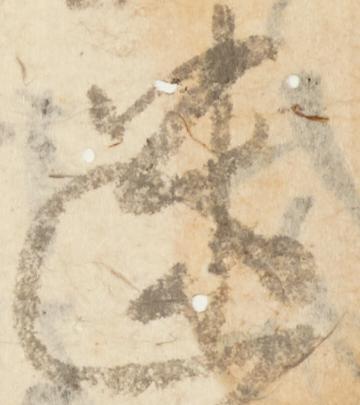
迷